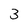
Character: 3